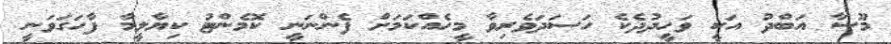
މޫސާ އަބްދު އަކީ ވަހީދުދެކެ ހަސަދަވެރިވާ މީހެއްކަމަށް ފެންނަނީ ކޮމެންޓު ކިޔާލީމާ ފާހަގަވަނީ